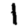
Digit: 1